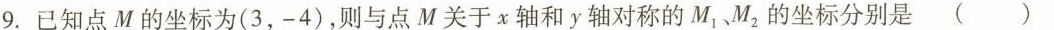
9.已知点M的坐标为(3，-4)，则与点M关于x轴和y轴对称的M{1}，M_{2}的坐标分别是( )